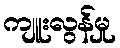
ကျူးလွန်မှု